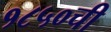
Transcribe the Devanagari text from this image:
१८५०ची